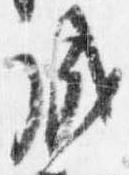
成